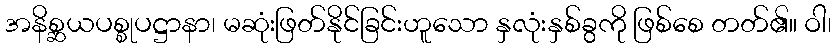
အနိစ္ဆယပစ္စုပဋ္ဌာနာ၊ မဆုံးဖြတ်နိုင်ခြင်းဟူသော နှလုံးနှစ်ခွကို ဖြစ်စေ တတ်၏။ ဝါ၊